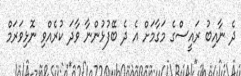
ދެ ނާއިބު ރައީސްގެ މަގާމަށް އެ ދެ ބޭފުޅުންނާ ވާދަ ކުރެއްވި ނޮޅިވަރަމް